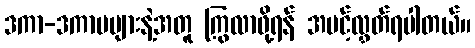
ဒကာ-ဒကာမများနဲ့အတူ ကြွလာဖို့ရန် အပင့်လွှတ်ရပါတယ်။